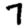
Digit: 7